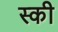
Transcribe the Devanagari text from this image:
स्‍की